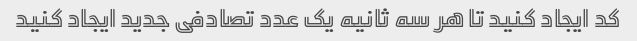
کد ایجاد کنید تا هر سه ثانیه یک عدد تصادفی جدید ایجاد کنید